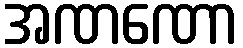
အဏဏော